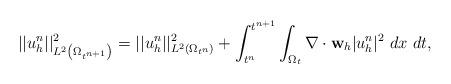
LaTeX: \begin{align*} || u_h^{n}||^2_{L^2 \left( \Omega_{t^{n+1}} \right)} = || u_h^{n}||^2_{L^2( \Omega_{t^{n}})} + \int_{t^{n}}^{t^{n+1}}\int_{\Omega_{t}} \nabla \cdot \mathbf{w}_{h}|u_h^{n}|^2~dx~ dt,\end{align*}